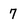
Character: 7